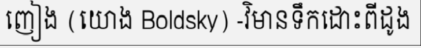
ញៀង (យោង Boldsky) -វិមានទឹកដោះពីដូង